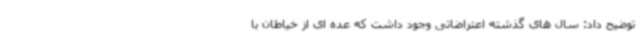
توضیح داد: سال های گذشته اعتراضاتی وجود داشت که عده ای از خیاطان با